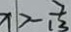
x > - \frac { 7 } { 1 3 }